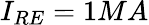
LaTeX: I_{RE}=1MA